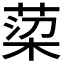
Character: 𮏿